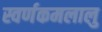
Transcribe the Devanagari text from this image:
स्वर्णकमलालु